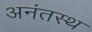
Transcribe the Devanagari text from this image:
अनंतस्थ